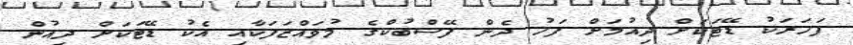
ފަހަރަކު ޑޭޓަކަށް ދިއުމަށް ފަހު ދެން ފޭސްބުކްގެ މުވައްޒަފަކާއި އެކު ޑޭޓަކަށް ދިއުން